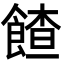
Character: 餷